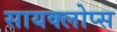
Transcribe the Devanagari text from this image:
सायक्लोप्स